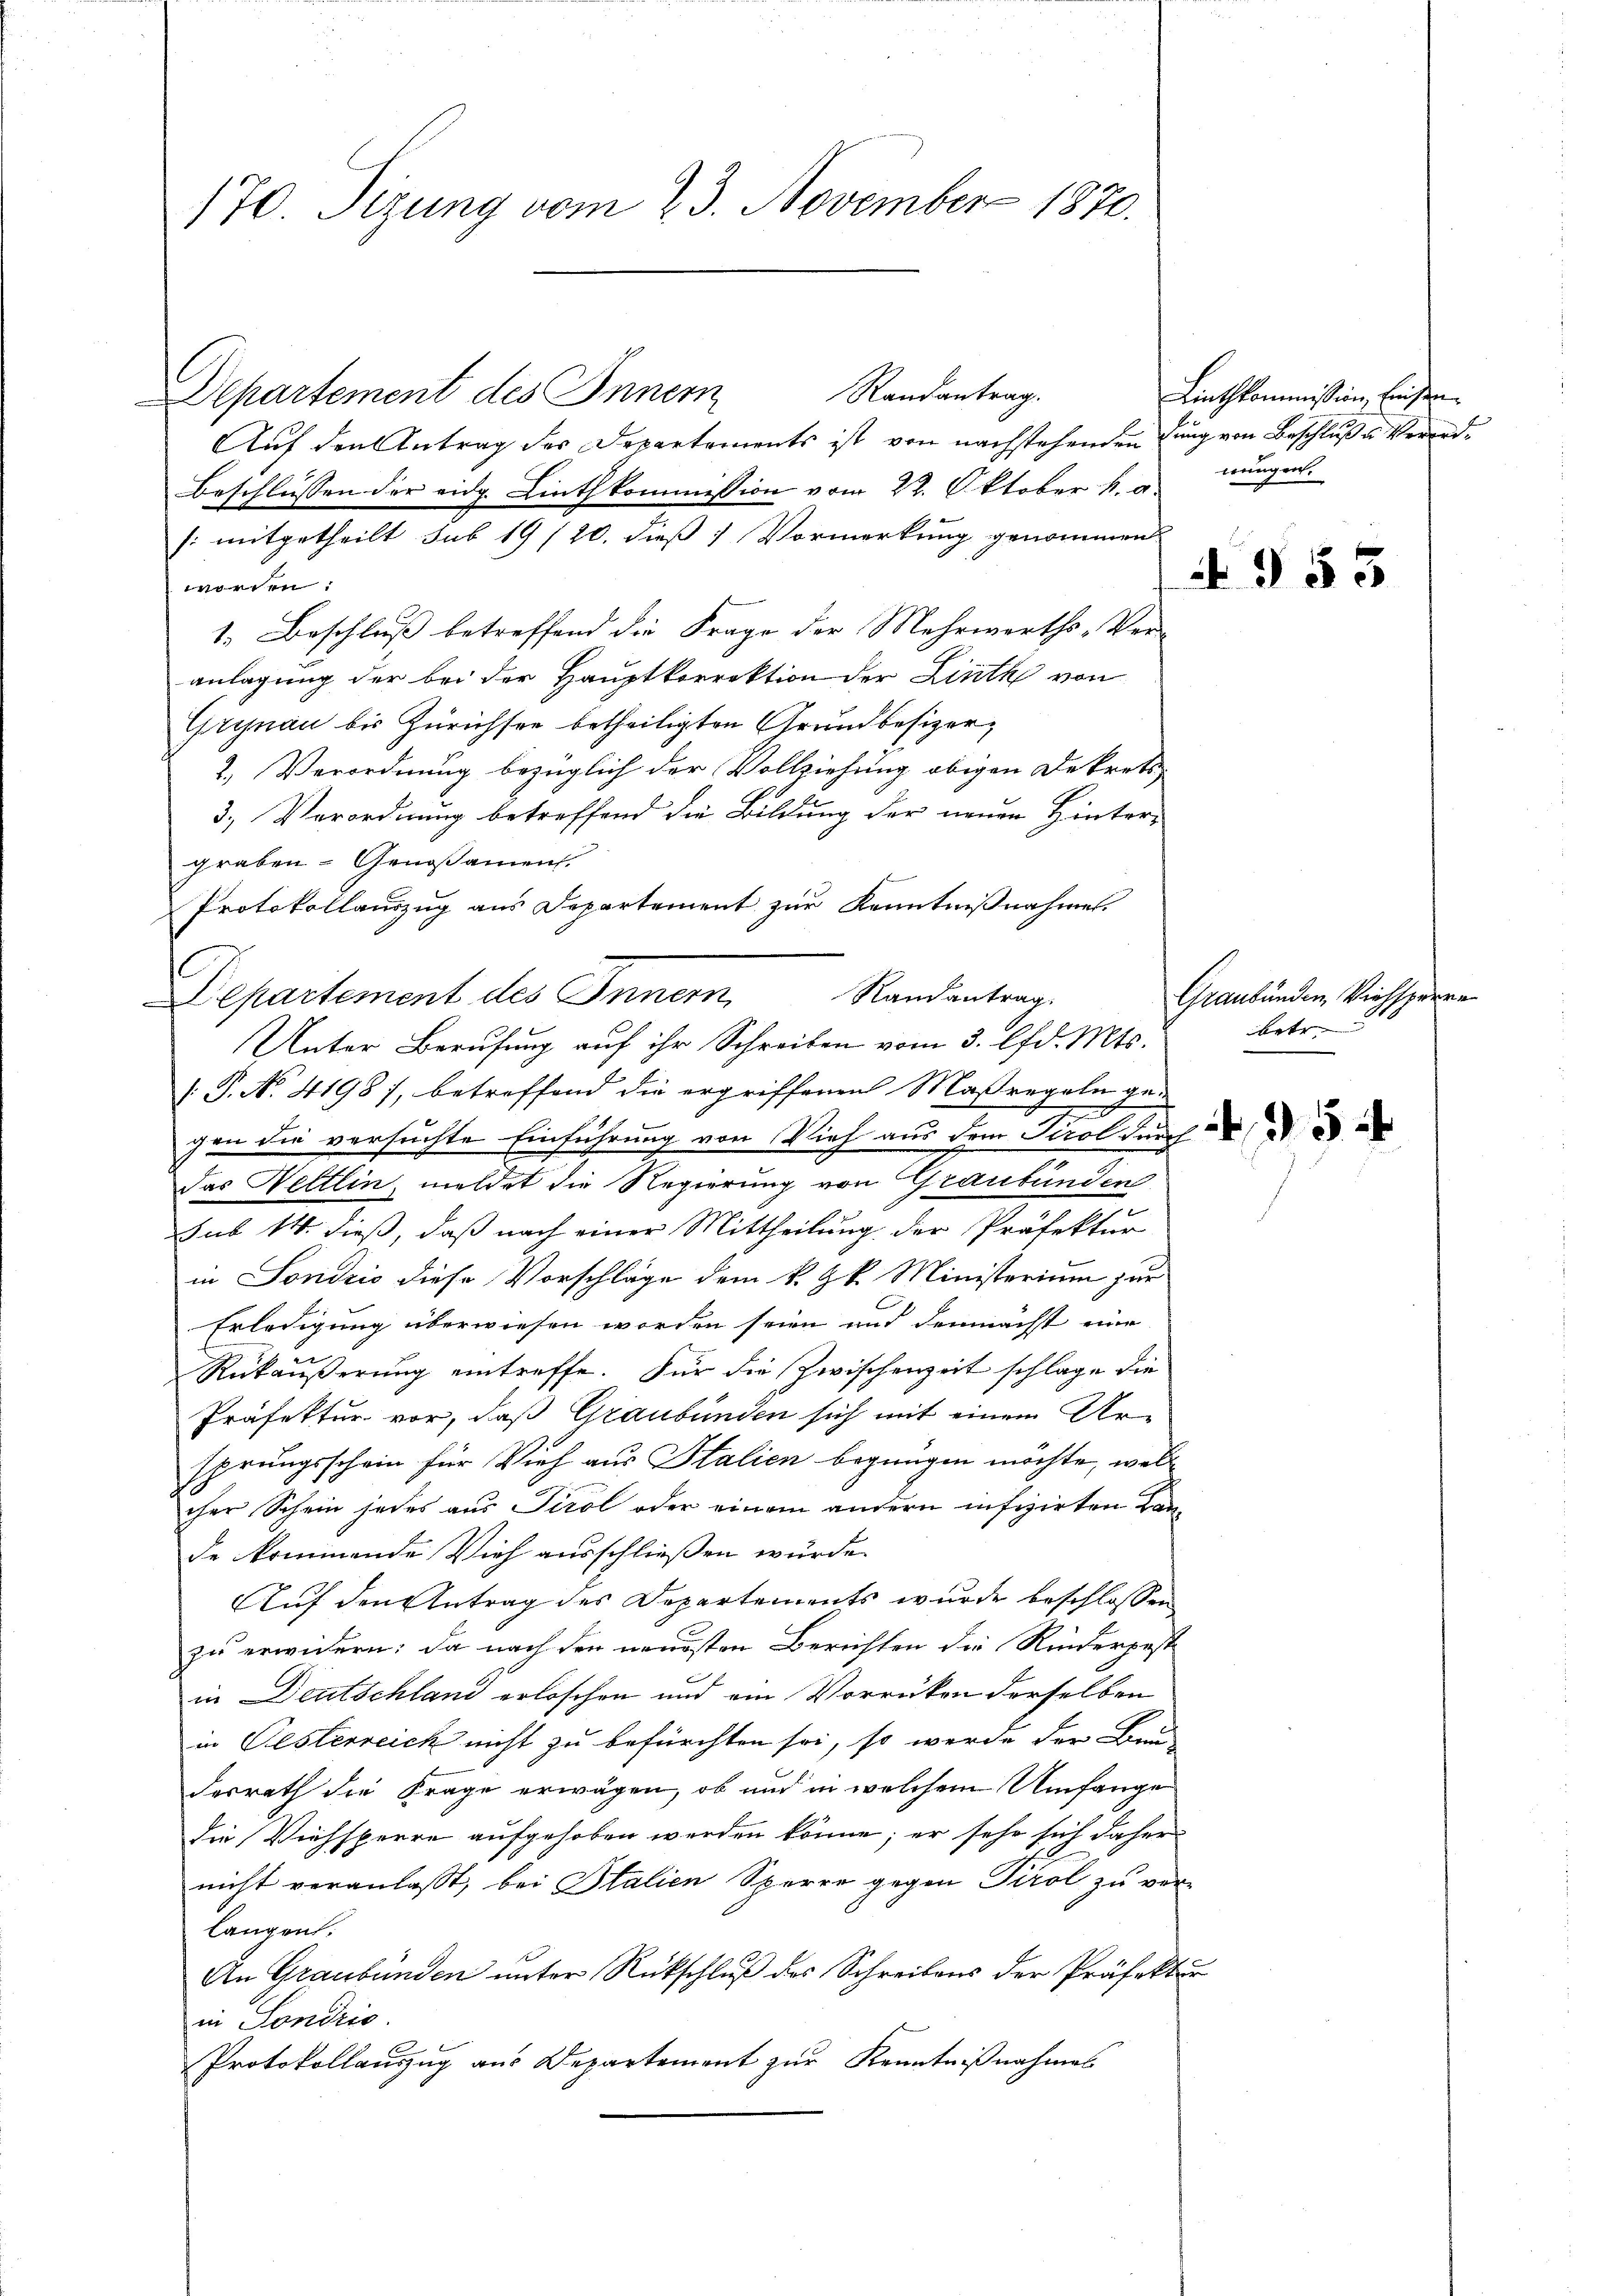
170. Sizung vom 23. November 1870.

Departement des Innern Randantrag.
Auf den Antrag des Departements ist von nachstehenden Lung von Beschluß u. Verord¬
Beschlüssen der eidg. Linthkommission vom 22. Oktober k. a
/: mitgetheilt sub 19/20. dieß) Vormerkung genommen
worden:
1. Beschluß betreffend die Frage der Mehrwerths-Ver-
anlagung der bei der Hauptkorrektion der Linth von
Grynau bis Zürichsee betheiligten Grundbesizer¬
2.) Verordnung bezüglich der Vollziehung obigen Dekrets
3.) Verordnung betreffend die Bildung der neuen Hinter-
graben- Genoßament.
Protokollauszug aus Departement zur Kenntnißnahme.
Departement des Innern,
[: P. No. 4198), betreffend die ergriffenen Maßregeln ge-
d
gen die versuchte Einführung von Vieh aus dem Tirol durch
das Weltlin, meldet die Regierung von Graubünden
sub 14. dieß, daß nach einer Mittheilung der Präfektur
in Sondzić diese Vorschläge dem k. k. Ministerium zur
Erledigung überwiesen worden seien und demnächst eine
Rükäußerung eintreffe. Für die Zwischenzeit schlage die
Präfektur vor, daß Graubünden sich mit einem Ursprungsschein für Vieh aus Italien begnügen möchte, welc
cher Schein jedes aus Tirol oder einem andern infizirten Lande kommende Vieh ausschließen würde.
Auf den Antrag des Departements wurde beschlossen
zu erwidern; da nach den neuesten Berichten die Rinderpest
in Deutschland erloschen und ain Vorrücken derselben
in Oesterreich nicht zu befürchten sei, so werde der Bei
desrath die Frage erwägen, ob und in welchem Umfange
die Viehsperre aufgehoben werden könne; er sehr sich daher
nicht veranlaßt, bei Italien Sperre gegen Tirol zu ver-
langen:
An Graubünden unter Rückschluß des Schreibens der Präfektur
in Sondris.
Protokollauszug aus Departement zur Kenntnißnahmes

Randantrag.
Unter Berufung auf ihr Schreiben vom 3. lfd. Mts.

Linthkommission Einsennungen.

4958

Graubünden, Viehsperre
betr